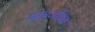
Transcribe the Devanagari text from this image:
समाजप्रिय